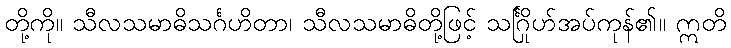
တို့ကို။ သီလသမာဓိသင်္ဂဟိတာ၊ သီလသမာဓိတို့ဖြင့် သင်္ဂြိုဟ်အပ်ကုန်၏။ ဣတိ